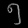
Digit: ၅